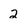
Character: 2